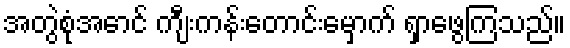
အတွဲစုံအောင် ကျီးကန်းတောင်းမှောက် ရှာဖွေကြသည်။